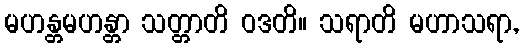
မဟန္တမဟန္တာ သတ္တာတိ ဝဒတိ။ သရာတိ မဟာသရာ,